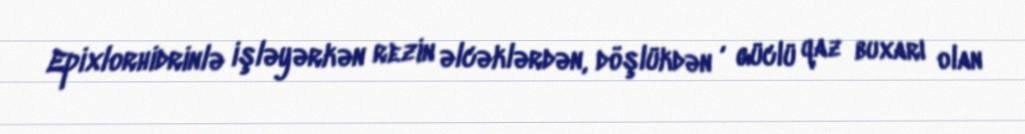
Epixlorhidrinlə işləyərkən rezin əlcəklərdən, döşlükdən , güclü qaz buxarı olan